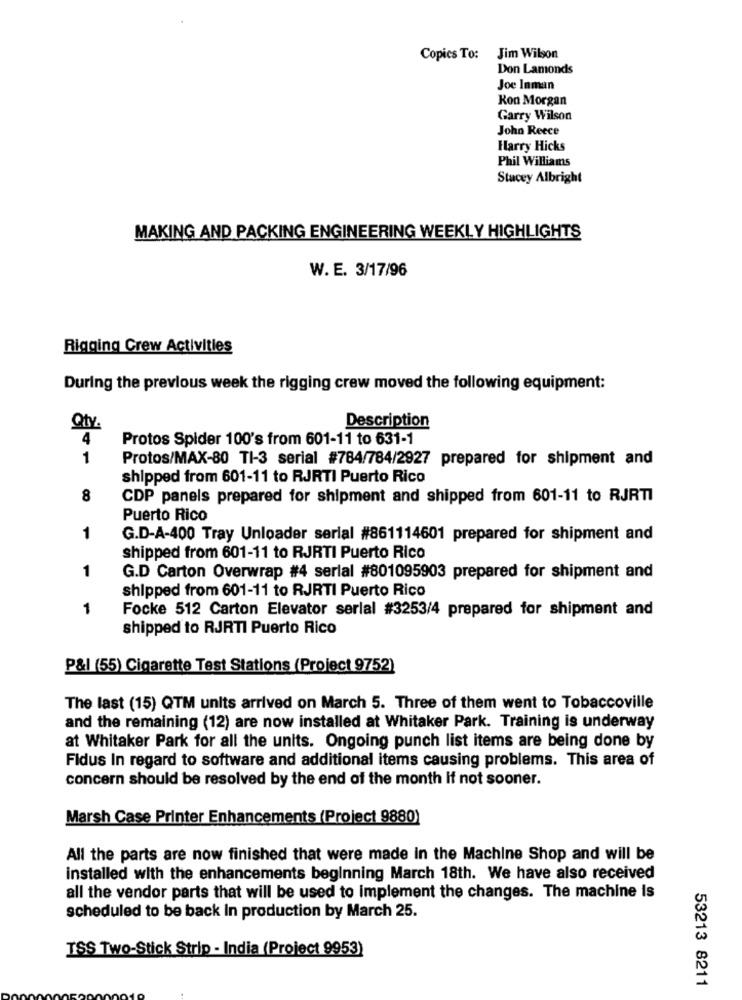
Copics To:
Jim Wilson
Don Lamonds
Joe Inman
Kon Morgan
Garry Wilson
John Reece
Harry Hicks
Phil Williams
Stacey Albright
MAKING AND PACKING ENGINEERING WEEKLY HIGHLIGHTS
W. E. 3/17/96
Rigging Crew Activities
During the previous week the rigging crew moved the following equipment:
Qty.
Description
4
Protos Spider 100's from 601-11 to 631-1
1
Protos/MAX-80 TI-3 serial #784/784/2927 prepared for shipment and
shipped from 601-11 to RJRTI Puerto Rico
8
CDP panels prepared for shipment and shipped from 601-11 to RJRTI
Puerto Rico
1
G.D-A-400 Tray Unloader serial #861114601 prepared for shipment and
shipped from 601-11 to RJRTI Puerto Rico
1
G.D Carton Overwrap #4 serial #801095903 prepared for shipment and
shipped from 601-11 to RJRTI Puerto Rico
1
Focke 512 Carton Elevator serlal #3253/4 prepared for shipment and
shipped to RJRTI Puerto Rico
P&l (55) Cigarette Test Stations (Project 9752)
The last (15) QTM units arrived on March 5. Three of them went to Tobaccoville
and the remaining (12) are now installed at Whitaker Park. Training is underway
at Whitaker Park for all the units. Ongoing punch list items are being done by
Fidus In regard to software and additional items causing problems. This area of
concern should be resolved by the end of the month If not sooner.
Marsh Case Printer Enhancements (Project 9880)
All the parts are now finished that were made in the Machine Shop and will be
installed with the enhancements beginning March 18th. We have also received
all the vendor parts that will be used to implement the changes. The machine Is
scheduled to be back In production by March 25.
TSS Two-Stick Strip - India (Project 9953)
53213 8211